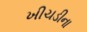
ખીચડીના